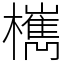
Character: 㰎